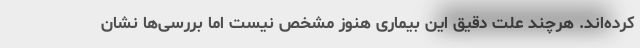
کرده‌اند. هرچند علت دقیق این بیماری هنوز مشخص نیست اما بررسی‌ها نشان